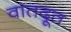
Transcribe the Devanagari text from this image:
वातदूत